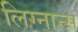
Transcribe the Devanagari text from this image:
लिग्नान्स